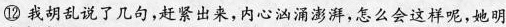
⑫ 我胡乱说了几句，赶紧出来，内心汹涌澎湃，怎么会这样呢，她明